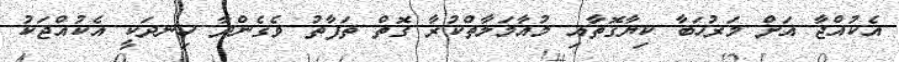
އެކުއްޖާ އަށް މަރުހަބާ ކިޔާގޮތާއި މުއާމަލާތްކުރާ ގޮތް ތަފާތު ވެގެންދާ ހިނދަކީ އެކުއްޖަކު